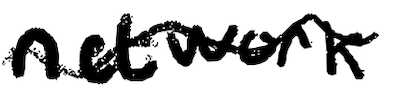
Text: network
Cross-out: wave
Writing tool: digital_black